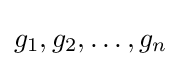
g_{1},g_{2},\dots ,g_{n}